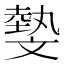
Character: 𣁞